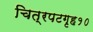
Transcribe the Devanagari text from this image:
चित्रपटगृह१०